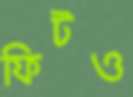
ফিটও